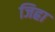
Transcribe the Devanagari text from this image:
जिह्रा